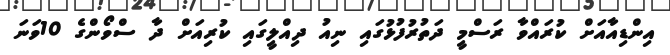
އިންޑިއާއަށް ކުރައްވާ ރަސްމީ ދަތުރުފުޅުގައި ނިއު ދިއްލީގައި ކުރިއަށް ދާ ސްވޯންގެ 10ވަނަ